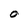
Character: O